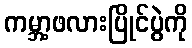
ကမ္ဘာ့ဖလားပြိုင်ပွဲကို